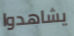
يشاهدوا